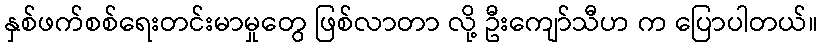
နှစ်ဖက်စစ်ရေးတင်းမာမှုတွေ ဖြစ်လာတာ လို့ ဦးကျော်သီဟ က ပြောပါတယ်။